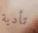
تأدية